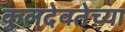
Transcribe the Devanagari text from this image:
कुलदेवतेच्या